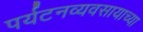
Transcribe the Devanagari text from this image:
पर्यटनव्यवसायाच्या